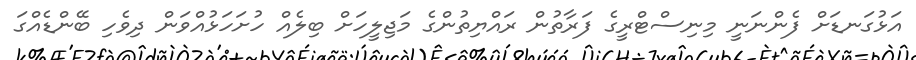
އަޅުގަނޑަށް ފެންނަނީ މިނިސްޓްރީގެ ފަރާތުން ރައްޔިތުންގެ މަޖިލީހަށް ބިލެއް ހުށަހަޅުއްވަން ދިވެހި ބޭންޑެއްގަ